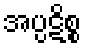
အပ္ပဋိစ္စ